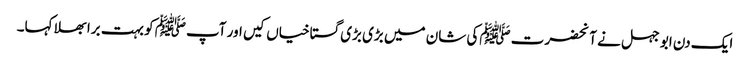
ایک دن ابو جہل نے آنحضرت ﷺکی شان میں بڑی بڑی گستاخیاں کیں اور آپﷺ کو بہت برا بھلا کہا۔